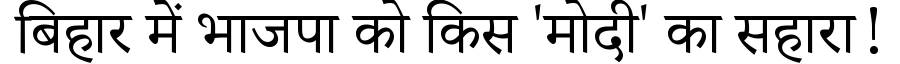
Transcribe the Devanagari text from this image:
बिहार में भाजपा को किस 'मोदी' का सहारा!